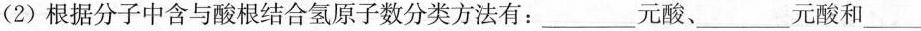
(2)根据分子中含与酸根结合氢原子数分类方法有：___元酸、___元酸和___